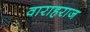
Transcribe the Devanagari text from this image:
वाराहराज